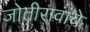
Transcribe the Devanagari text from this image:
जोतीरावांचे